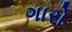
ગારો